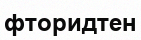
фторидтен